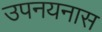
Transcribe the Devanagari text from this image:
उपनयनास